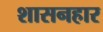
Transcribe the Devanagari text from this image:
शासनहार